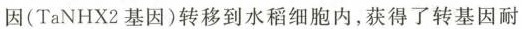
因(TaNHX2基因)转移到水稻细胞内，获得了转基因耐